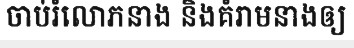
ចាប់រំលោភនាង និងគំរាមនាងឲ្យ